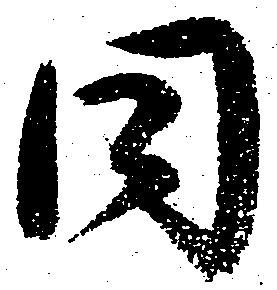
同